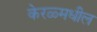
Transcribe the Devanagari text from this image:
केरळ्मधील